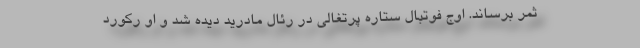
ثمر برساند. اوج فوتبال ستاره پرتغالی در رئال مادرید دیده شد و او رکورد